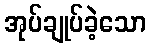
အုပ်ချုပ်ခဲ့သော